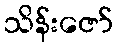
သိန်းဇော်